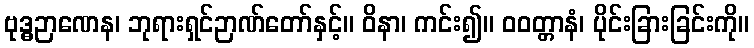
ဗုဒ္ဓဉာဏေန၊ ဘုရားရှင်ဉာဏ်တော်နှင့်။ ဝိနာ၊ ကင်း၍။ ဝဝတ္တာနံ၊ ပိုင်းခြားခြင်းကို။